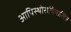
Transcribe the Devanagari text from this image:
आपिस्थोराचियासिस